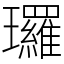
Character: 㼈